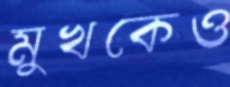
মুখকেও